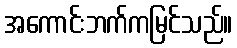
အကောင်းဘက်ကမြင်သည်။